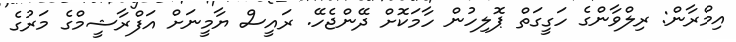
އިމްރާން: ރިލްވާންގެ ހަގީގަތް ޕޮލިހުން ހާމަކޮށް ދޭންޖެހޭ. ރައީސް ޔާމީނަށް އަފްރާޝީމްގެ މަރުގެ